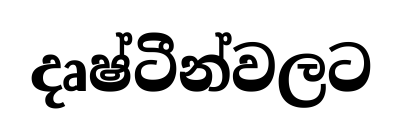
දෘෂ්ටීන්වලට